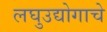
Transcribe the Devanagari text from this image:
लघुउद्योगाचे